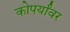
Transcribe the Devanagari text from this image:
कोपर्यांवर